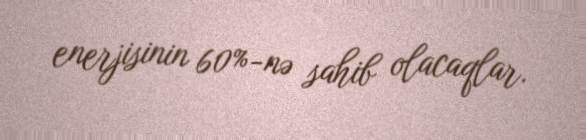
enerjisinin 60%-nə sahib olacaqlar.